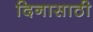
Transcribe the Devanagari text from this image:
दिनासाठी